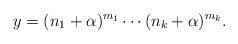
LaTeX: \begin{gather*}y= (n_1+\alpha)^{m_1}\cdots(n_k+\alpha)^{m_k}. \end{gather*}